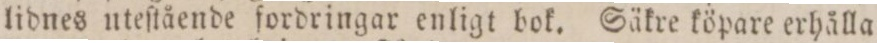
lidnes uteſtående fordringar enligt bok. Säkre köpare erhålla